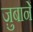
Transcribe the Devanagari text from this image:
ज़ुबानें